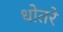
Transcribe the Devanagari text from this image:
धोतरे